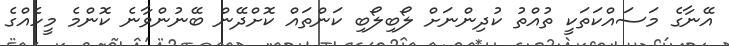
އޭނާގެ މަސައްކަތަކީ ތުއްތު ކުދިންނަށް ލޯބިލޯބި ކަންތައް ކޮށްދޭން ބޭނުންވާނެ ކޮންމެ މީހެއްގެ